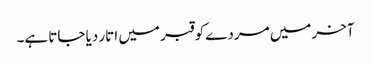
آخر میں مردے کو قبر میں اتار دیا جاتا ہے۔